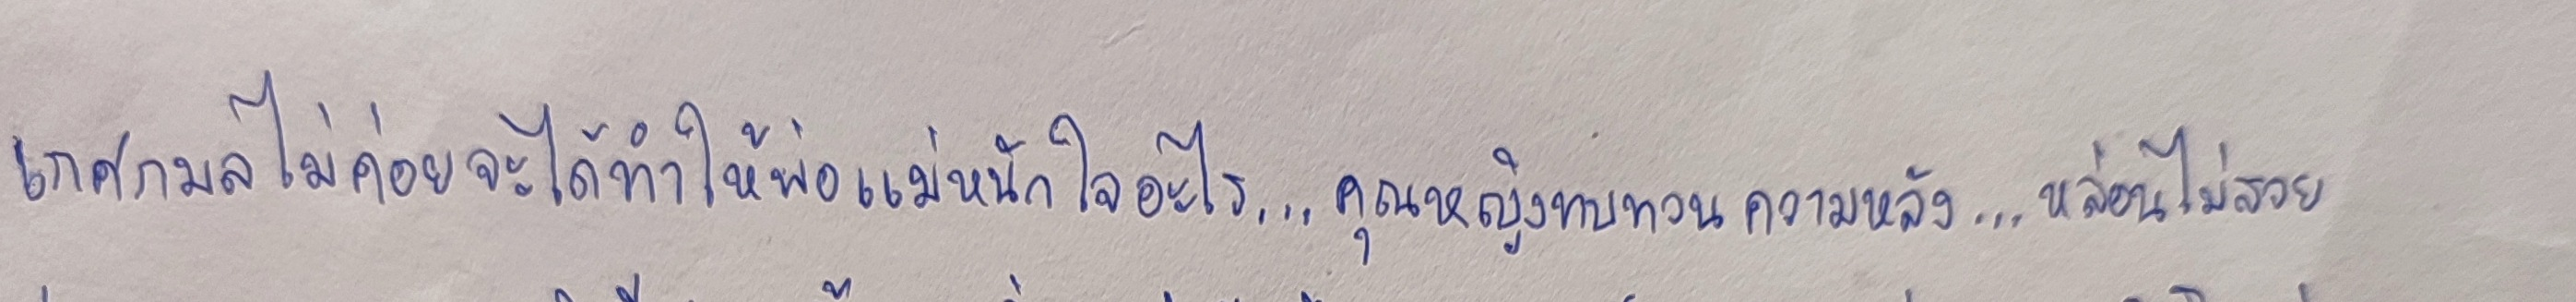
เกศกมลไม่ค่อยจะได้ทำให้พ่อแม่หนักใจอะไร...คุณหญิงทบทวนความหลัง...หล่อนไม่สวย